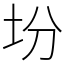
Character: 坋